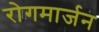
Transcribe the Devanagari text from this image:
रोगमार्जन